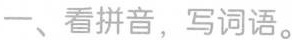
一、看拼音，写词语。